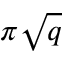
\pi \sqrt { q }